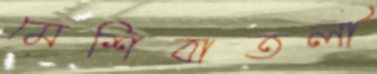
মেশিবাতলী